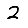
Digit: 2